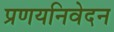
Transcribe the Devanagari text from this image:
प्रणयनिवेदन